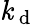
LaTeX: \mathit{k}_{\mathrm{{~d~}}}